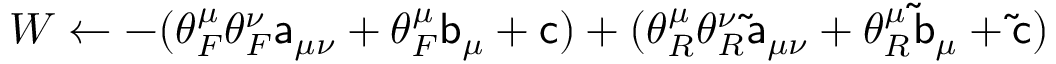
W \gets - ( \theta _ { F } ^ { \mu } \theta _ { F } ^ { \nu } \mathsf { a } _ { \mu \nu } + \theta _ { F } ^ { \mu } \mathsf { b } _ { \mu } + \mathsf { c } ) + ( \theta _ { R } ^ { \mu } \theta _ { R } ^ { \nu } \mathsf { \tilde { a } } _ { \mu \nu } + \theta _ { R } ^ { \mu } \mathsf { \tilde { b } } _ { \mu } + \mathsf { \tilde { c } } )